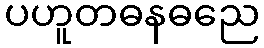
ပဟူတဓနဓညေ